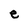
Character: e